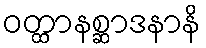
ဝတ္ထာနစ္ဆာဒနာနိ